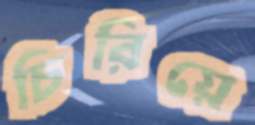
চিরিয়ে